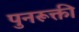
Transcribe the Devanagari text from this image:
पुनरूक्ती